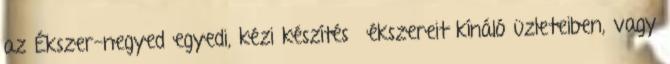
az Ékszer-negyed egyedi, kézi készítésű ékszereit kínáló üzleteiben, vagy